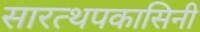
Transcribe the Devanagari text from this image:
सारत्थपकासिनी